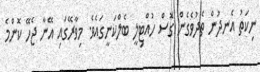
ނިކަތު އެނދުން ތެދުވެގެން ގޮސް ހުއްޓިލީ ބެލްކަނީގައެވެ. މިވާރޭގައި އޭނާ ޖެހޭ ކޮންމެ